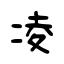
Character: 凌